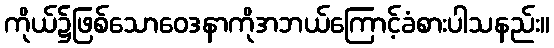
ကိုယ်၌ဖြစ်သောဝေဒနာကိုအဘယ်ကြောင့်ခံစားပါသနည်း။